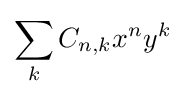
\sum _{k}C_{n,k}x^{n}y^{k}